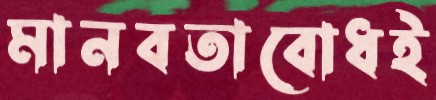
মানবতাবোধই